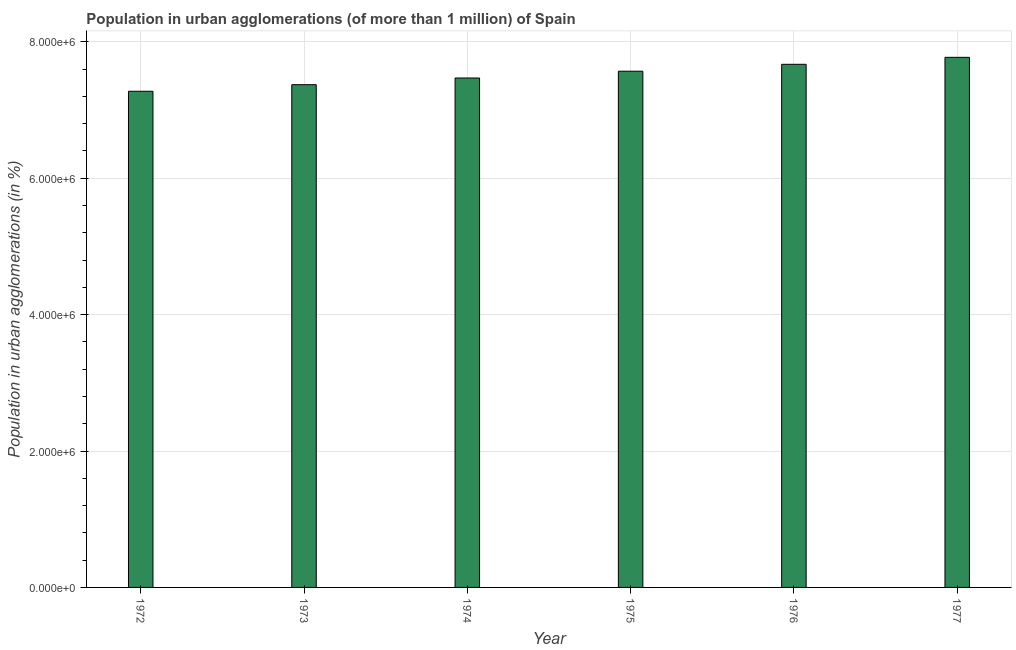
| Year | Population in urban agglomerations |
 | --- | --- |
 | 1972 | 7.28e+06 |
 | 1973 | 7.37e+06 |
 | 1974 | 7.47e+06 |
 | 1975 | 7.57e+06 |
 | 1976 | 7.67e+06 |
 | 1977 | 7.77e+06 |